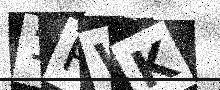
Text: 1PWK